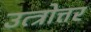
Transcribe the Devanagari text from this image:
उत्त्रोत्तर